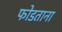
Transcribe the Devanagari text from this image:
फोडताना